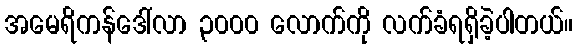
အမေရိကန်ဒေါ်လာ ၃၀၀၀ လောက်ကို လက်ခံရရှိခဲ့ပါတယ်။